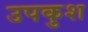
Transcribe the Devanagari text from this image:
उपकुश